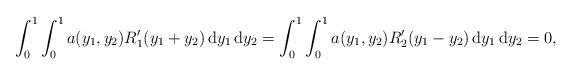
LaTeX: \begin{align*}\int_0^1 \int_0^1 a(y_1,y_2) R_1'(y_1+y_2)\,\mathrm{d}y_1\,\mathrm{d}y_2 = \int_0^1 \int_0^1 a(y_1,y_2) R_2'(y_1-y_2)\,\mathrm{d}y_1\,\mathrm{d}y_2 = 0,\end{align*}